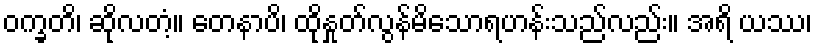
ဝက္ခတိ၊ ဆိုလတံ့။ တေနာပိ၊ ထိုနှုတ်လွန်မိသောရဟန်းသည်လည်း။ အရိ ယဿ၊